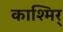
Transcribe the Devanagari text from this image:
काश्मिर्